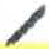
אות: ,